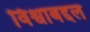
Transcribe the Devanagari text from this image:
विश्वाबद्दल